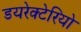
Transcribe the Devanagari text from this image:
डयरेक्टेरियो